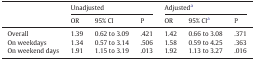
|  | <COLSPAN=3> Unadjusted | <COLSPAN=3> Adjusteda |
 |  | OR | 95% CI | P | OR | 95% CIa | P |
 | --- | --- | --- | --- | --- | --- | --- |
 | Overall | 1.39 | 0.62 to 3.09 | .421 | 1.42 | 0.66 to 3.08 | .371 |
 | On weekdays | 1.34 | 0.57 to 3.14 | .506 | 1.58 | 0.59 to 4.25 | .363 |
 | On weekend days | 1.91 | 1.15 to 3.19 | .013 | 1.92 | 1.13 to 3.27 | .016 |